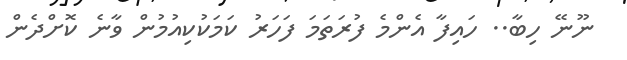
ނޫނޭ ހިބާ.. ހައިފާ އެންމެ ފުރަތަމަ ފަހަރު ކަމަކުކިއުމުން ވާނެ ކޮށްދެން